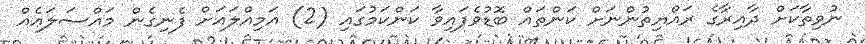
ނުވިތާކަށް ދާއިރާގެ ރައްޔިތުންނަށް ކަންތައް ބޮޑުވެފައިވާ ކަންކަމުގައި (2) އަމިއްލައަށް ފެނިގެން މައްސަލައެއް